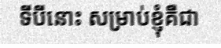
ទីបីនោះ សម្រាប់ខ្ញុំគឺជា